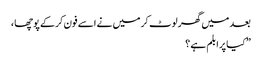
بعد میں گھر لوٹ کر میں نے اسے فون کرکے پوچھا ،
” کیا پرابلم ہے ؟